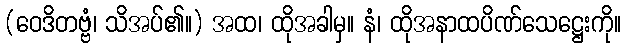
(ဝေဒိတဗ္ဗံ၊ သိအပ်၏။) အထ၊ ထိုအခါမှ။ နံ၊ ထိုအနာထပိဏ်သေဋ္ဌေးကို။